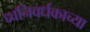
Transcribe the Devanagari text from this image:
ध्वनिवर्धकाच्या